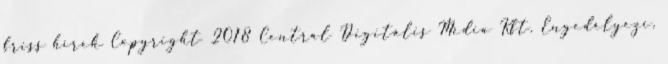
friss hírek Copyright 2018 Central Digitális Média Kft. Engedélyezi,